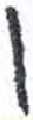
אות: ז